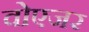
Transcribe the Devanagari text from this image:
वोएजर